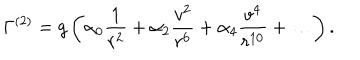
LaTeX: \Gamma ^ { ( 2 ) } = g \left( \alpha _ { 0 } { \frac { 1 } { r ^ { 2 } } } + \alpha _ { 2 } { \frac { v ^ { 2 } } { r ^ { 6 } } } + \alpha _ { 4 } { \frac { v ^ { 4 } } { r ^ { 1 0 } } } + \dots \right) .